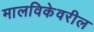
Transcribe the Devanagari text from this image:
मालविकेवरील